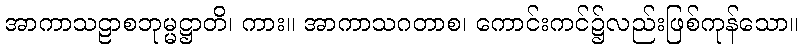
အာကာသဠာစဘုမ္မဋ္ဌာတိ၊ ကား။ အာကာသဂတာစ၊ ကောင်းကင်၌လည်းဖြစ်ကုန်သော။